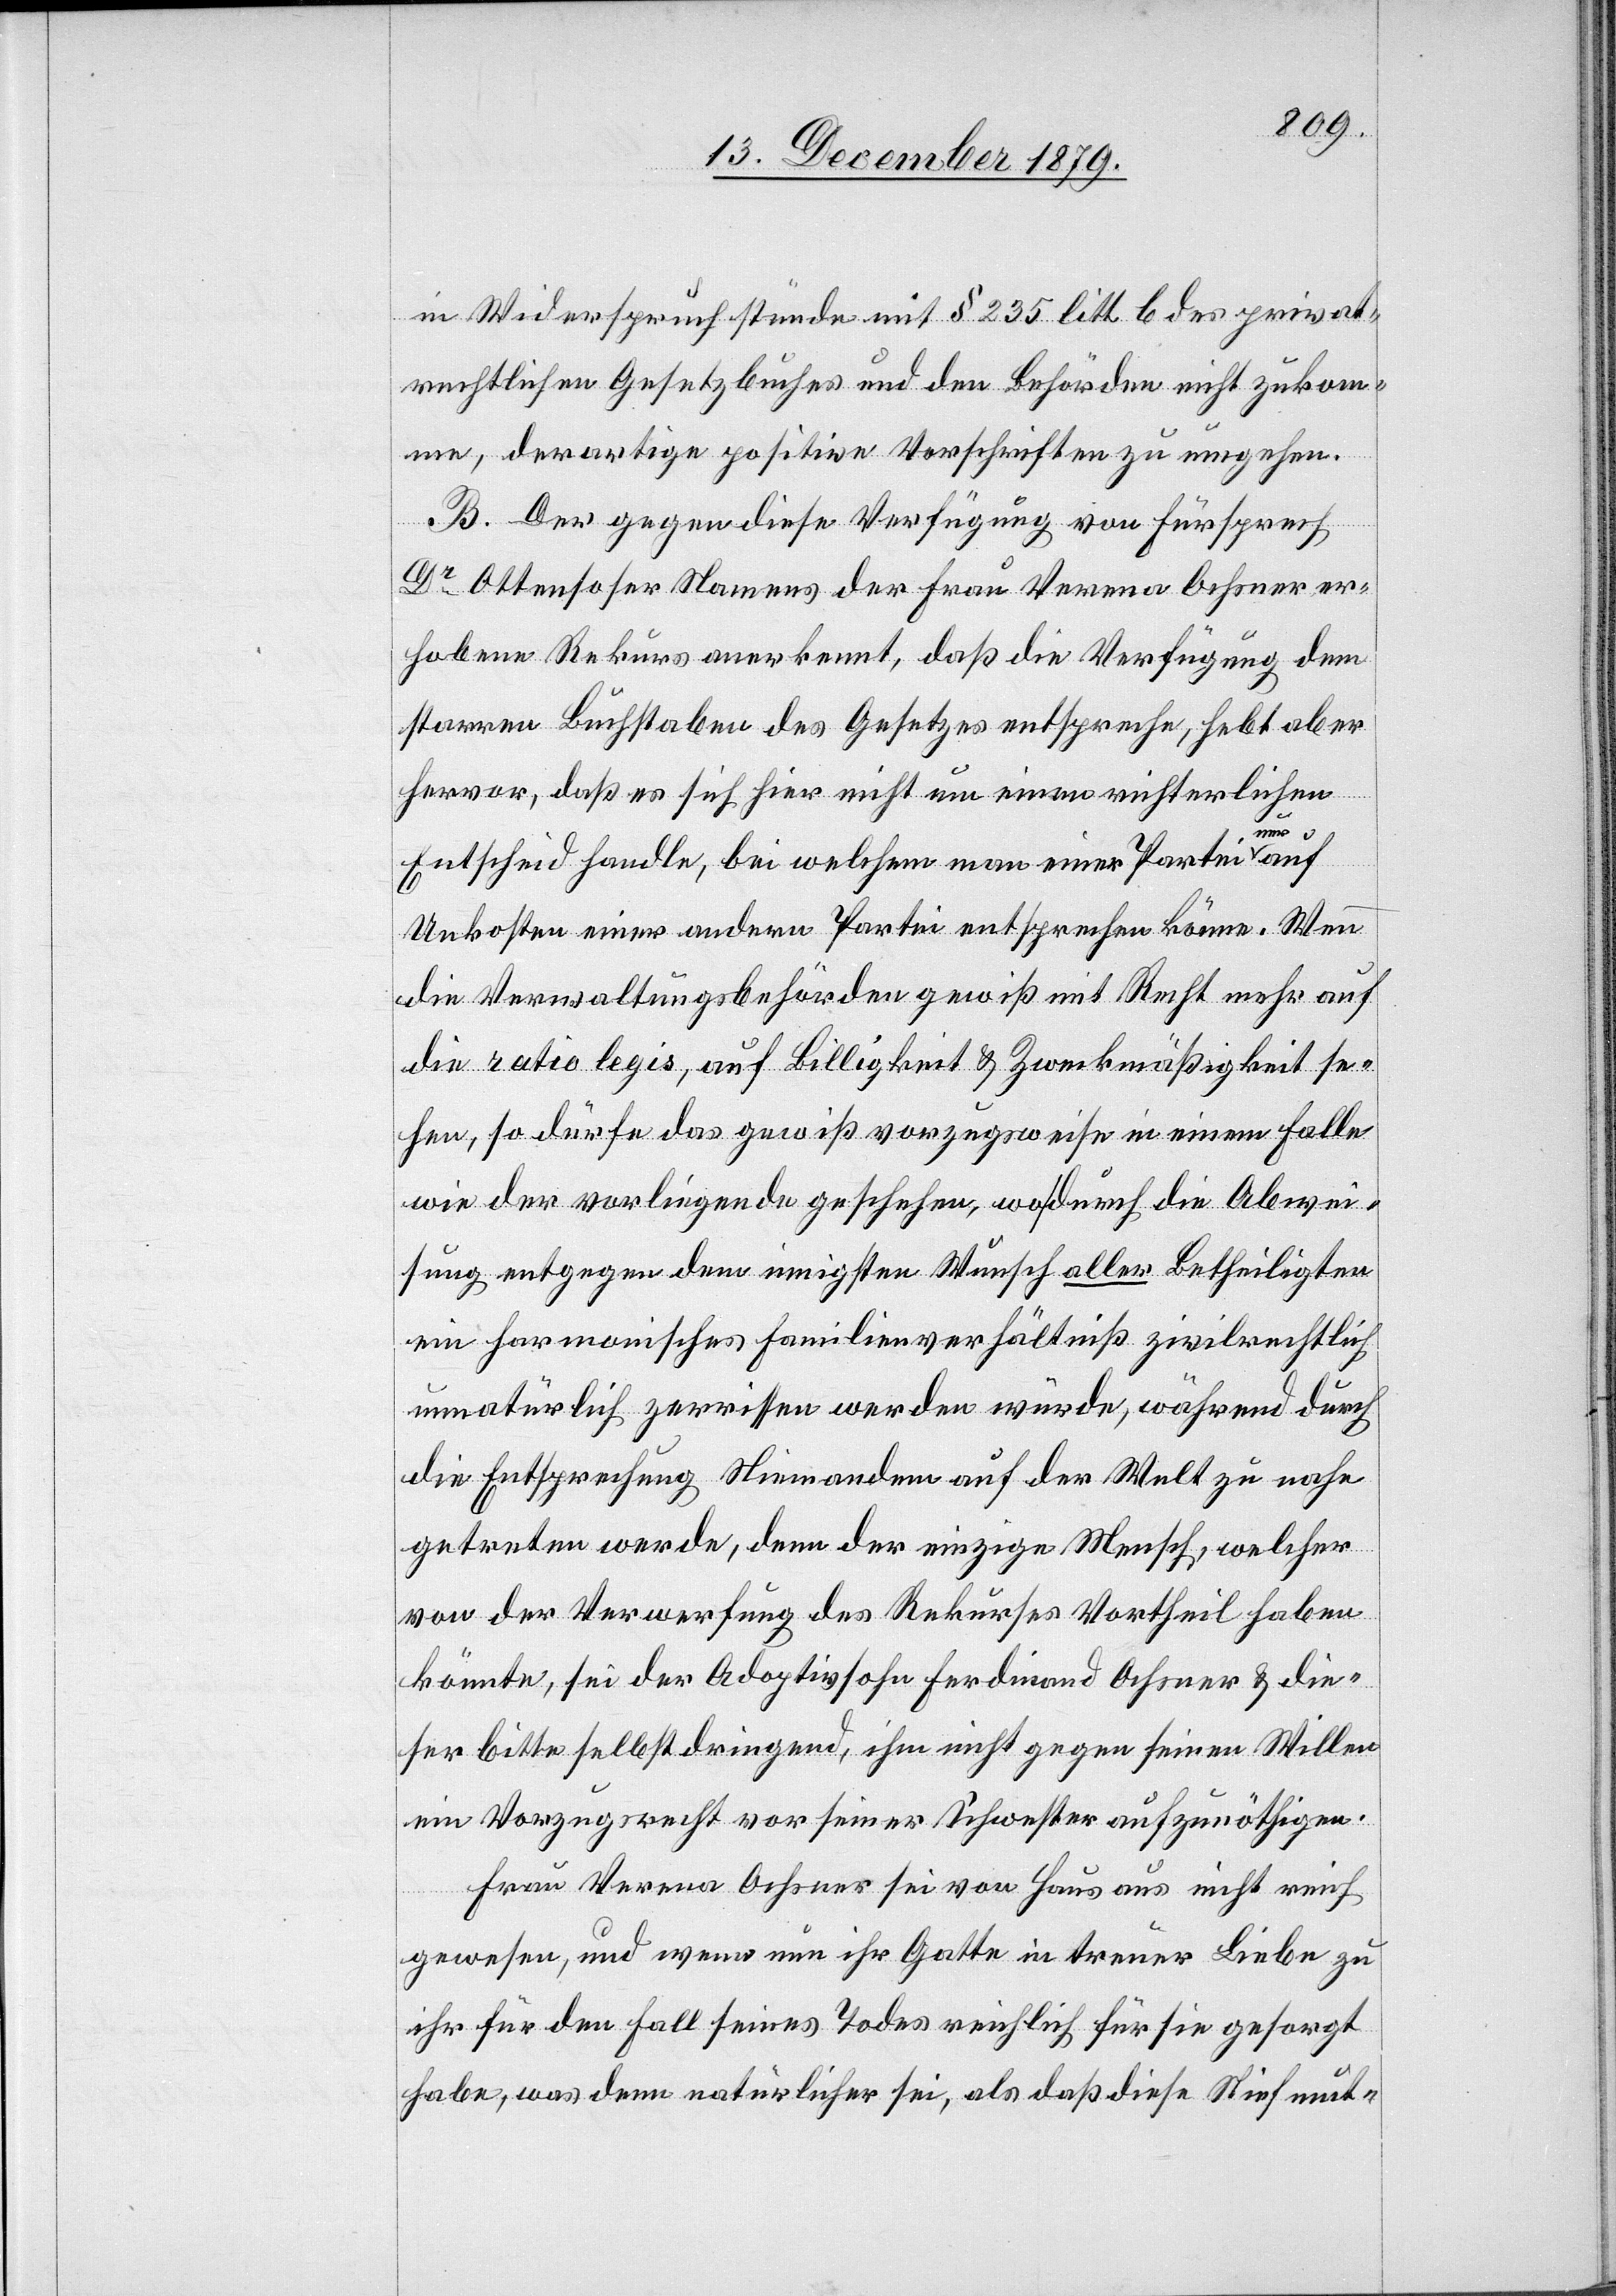
in Widerspruch stünde mit § 235 lit. b des privat¬
rechtlichen Gesetzbuches und den Behörden nicht zukom¬
me, derartige positive Vorschriften zu umgehen.
B. Der gegen diese Verfügung von Fürsprech
Dr Ottensoser Namens der Frau Verena Ochsner er¬
habene Rekurs anerkannt, daß die Verfügung dem
starren Buchstaben des Gesetzes entspreche, hebt aber
hervor daß es sich hier nicht um einen richterlichen
Entscheid handle, bei welchem man einer Partei nur
Unkosten einer andern Partei entsprechen könne. Wenn
die Verwaltungsbehörden gewiß mit Recht mehr auf
die ratio legis, auf Billigkeit & Zweckmäßigkeit se¬
hen, so dürfe das gewiß vorzugsweise in einem Falle
wie der vorliegende geschehen, wo durch die Abwei¬
sung entgegen dem innigsten Wunsche aller Betheiligten
ein harmonisches Familienverhältniß zivilrechtlich
unnatürlich zerrissen werden würde, während durch
die Entsprechung Niemandem auf der Welt zu nahe
getreten werde, denn der einzige Mensch, welcher
von der Verwerfung des Rekurses Vortheil haben
könnte, sei der Adoptivsohn Ferdinand Ochsner & die¬
ser bitte selbst dringend, ihm nicht gegen seinen Willen
ein Vorzugsrecht vor seiner Schwester aufzunöthigen.
Frau Verena Ochsner sei von Haus aus nicht reich
gewesen, und wenn nun ihr Gatte in treuer Liebe zu
ihr für den Fall seines Todes reichlich für sie gesorgt
habe, was denn natürlich sei, als daß diese Stiefmut-